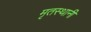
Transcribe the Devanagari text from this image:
मृतस्थानी